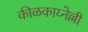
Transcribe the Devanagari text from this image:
कीळकाय्नेल्ली